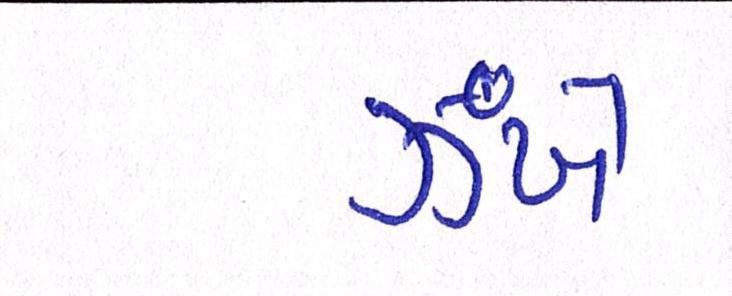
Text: ઝંખે